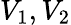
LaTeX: V_{1},V_{2}